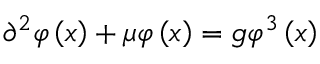
\partial ^ { 2 } \varphi \left( x \right) + \mu \varphi \left( x \right) = g \varphi ^ { 3 } \left( x \right)